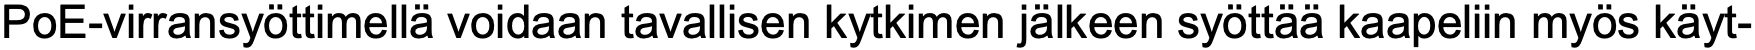
PoE-virransyöttimellä voidaan tavallisen kytkimen jälkeen syöttää kaapeliin myös käyt-